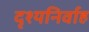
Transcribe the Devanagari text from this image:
दृश्यनिर्वाह